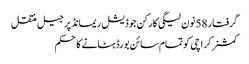
گرفتار 58نون لیگی کارکن جوڈیشل ریمانڈ پر جیل منتقل
کمشنر کراچی کو تمام سائن بورڈ ہٹانے کا حکم